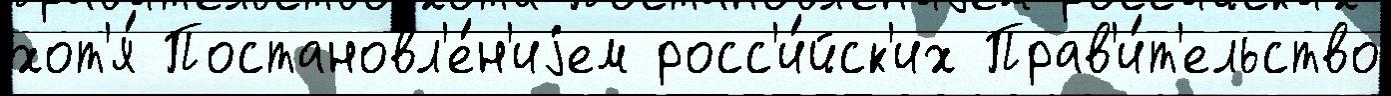
хот'я́ Постановл'е́н'иjем росс'и́йск'их Прав'и́т'ельство